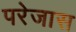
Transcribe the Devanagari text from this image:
परेजास